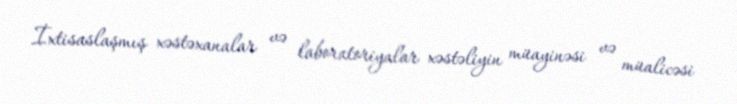
İxtisaslaşmış xəstəxanalar və laboratoriyalar xəstəliyin müayinəsi və müalicəsi